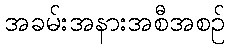
အခမ်းအနားအစီအစဉ်